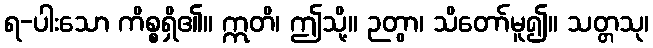
ရ-ပါးသော ကိစ္စရှိ၏။ ဣတိ၊ ဤသို့။ ဉတွာ၊ သိတော်မူ၍။ သတ္တသု၊